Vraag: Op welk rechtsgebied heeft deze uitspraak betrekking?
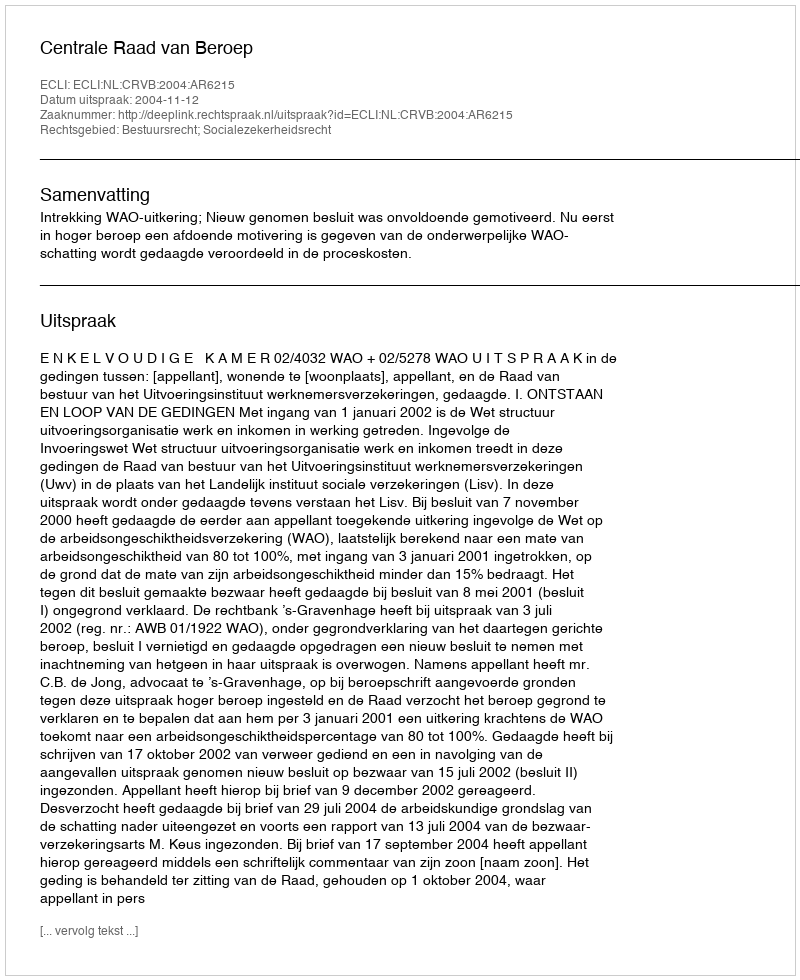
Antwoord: Bestuursrecht; Socialezekerheidsrecht